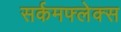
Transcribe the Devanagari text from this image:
सर्कमफ्लेक्स